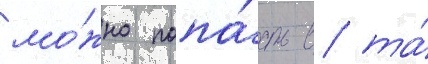
мо́жно попа́сть в та́